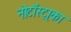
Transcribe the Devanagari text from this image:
नोटॉस्ट्राका